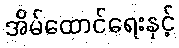
အိမ်ထောင်ရေးနှင့်